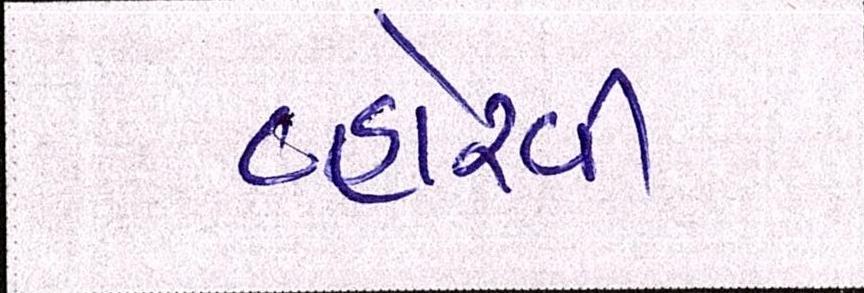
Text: વ્હોરવી